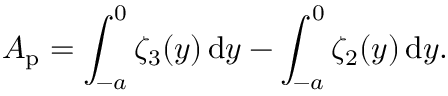
A _ { \mathrm { p } } = \int _ { - a } ^ { 0 } \zeta _ { 3 } ( y ) \, \mathrm { d } y - \int _ { - a } ^ { 0 } \zeta _ { 2 } ( y ) \, \mathrm { d } y .